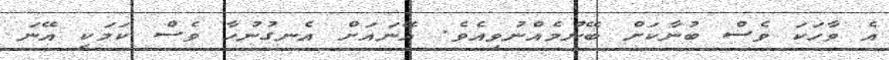
އެ ވާހަކަ ވެސް ބުނާކަށް ބޭނުމެއްނުވިއެވެ. އޭނައަށް އެނގުނުހާ ވެސް ކަމަކީ އޭނަ